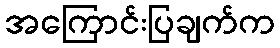
အကြောင်းပြချက်က